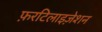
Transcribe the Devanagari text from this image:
फ़रटिलाइज़ेशन